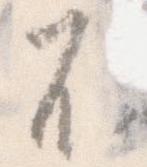
不